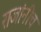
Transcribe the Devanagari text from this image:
राजांनीच